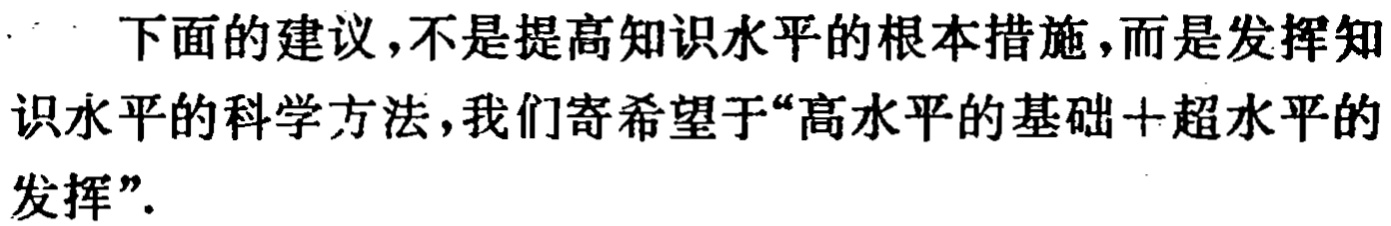
下面的建议,不是提高知识水平的根本措施,而是发挥知识水平的科学方法,我们寄希望于“高水平的基础+超水平的发挥”.